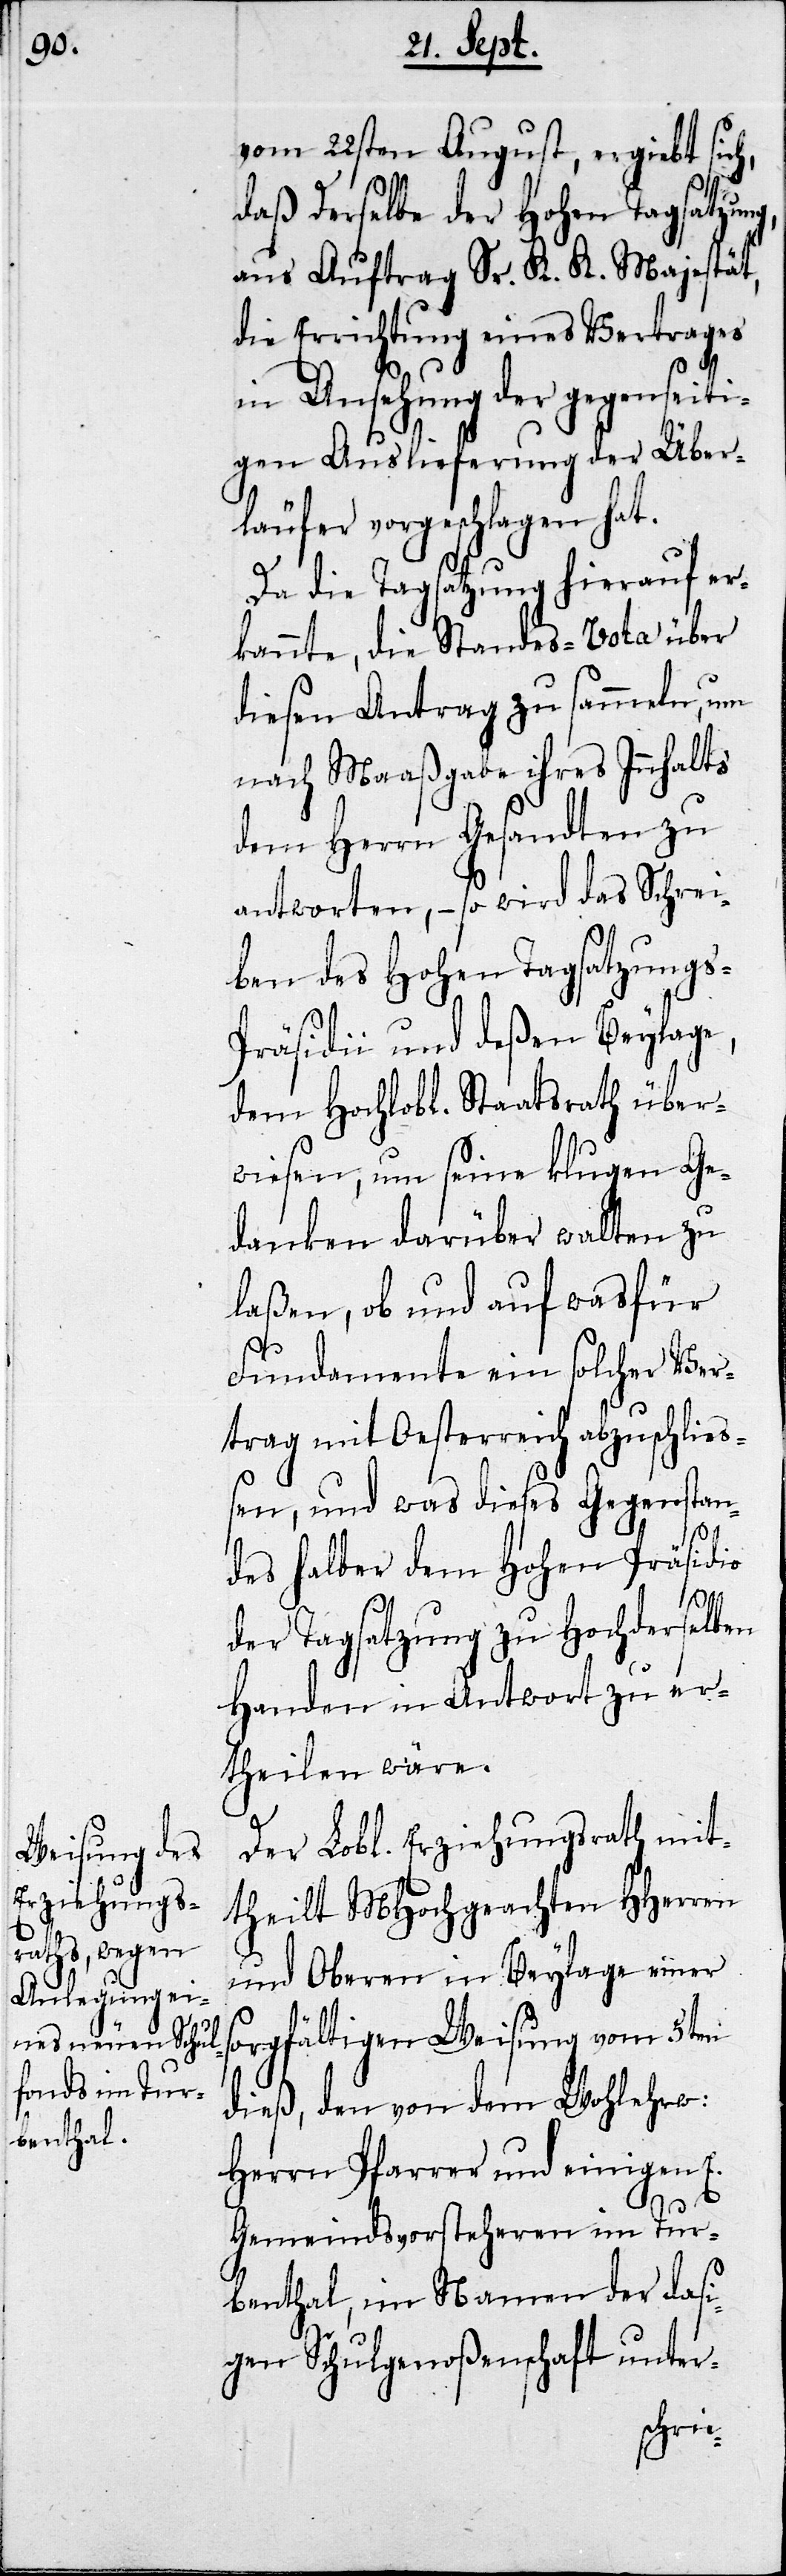
vom 22sten August, ergiebt sich,
daß Derselbe der Hohen Tagsatzung,
aus Auftrag Sr. K. K. Majestät,
die Errichtung eines Vertrags
in Ansehung der gegenseiti¬
gen Auslieferung der Über¬
läufer vorgeschlagen hat.
Da die Tagsatzung hierauf er¬
kannte, die Standes-Vota über
diesen Antrag zu sammeln, um
nach Maßgabe ihres Innhals
dem Herrn Gesandten zu
antworten, – so wird das Schrei¬
ben des Hohen Tagsatzungs-P¬
räsidii und deßen Beylage,
dem Hochlobl. Staatsrath über¬
wiesen, um seine klugen Ge¬
danken darüber walten zu
laßen, ob und auf was für
Fundamente ein solcher Ver¬
trag mit der Oesterreich abzuschließ¬
en, und was dieses Gegenstan¬
des halber dem Hohen Präsidio
der Tagsatzung zu Hochderselben
Handen in Antwort zu er¬
theilen wäre.
Der Lobl. Erziehungsrath mit¬
theilt MHochgeachten HHerren
und Oberen in Beylage eine s¬
orgfältige Weisung vom 5ten
dieß, den von dem Wohlehrw.
Herrn Pfarrer und einigen E.
Gemeindsvorstehern im Tur¬
benthal, im Namen der dasi¬
gen Schulgenoßenschaft unter-